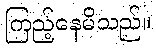
ကြည့်နေမိသည်။